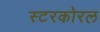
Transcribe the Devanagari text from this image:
स्टरकोरल